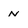
Character: n